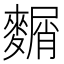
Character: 𪍛